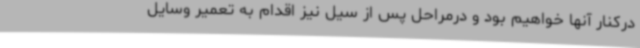
درکنار آنها خواهیم بود و درمراحل پس از سیل نیز اقدام به تعمیر وسایل